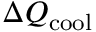
\Delta Q _ { \mathrm { c o o l } }